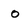
Character: o